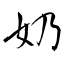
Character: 奶